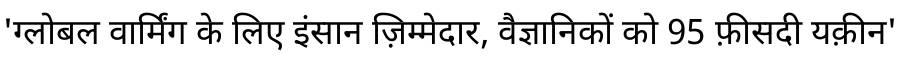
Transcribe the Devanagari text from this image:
'ग्लोबल वार्मिंग के लिए इंसान ज़िम्मेदार, वैज्ञानिकों को 95 फ़ीसदी यक़ीन'